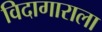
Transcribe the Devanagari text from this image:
विदागाराला